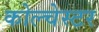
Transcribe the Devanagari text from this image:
कोल्चेस्टर